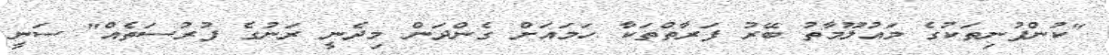
"ކުންފުނިތަކުގެ މައުލޫމާތު ބޭރު ފަރާތްތަކާ ހަމައަށް ގެންދަން މިދެނީ ރަނުގެ ފުރުސަތެއް" ސަނީ